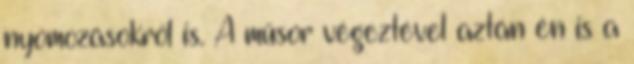
nyomozásokról is. A műsor végeztével aztán én is a